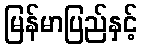
မြန်မာပြည်နှင့်